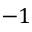
- 1